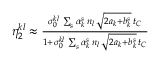
\begin{array} { r l r } & { } & { \eta _ { 2 } ^ { k l } \approx \frac { \sigma _ { 0 } ^ { k l } \, \sum _ { s } \alpha _ { k } ^ { s } \, n _ { l } \, \sqrt { 2 a _ { k } + b _ { k } ^ { s } } \, t _ { C } } { 1 + \sigma _ { 0 } ^ { k l } \, \sum _ { s } \alpha _ { k } ^ { s } \, n _ { l } \, \sqrt { 2 a _ { k } + b _ { k } ^ { s } } \, t _ { C } } } \end{array}